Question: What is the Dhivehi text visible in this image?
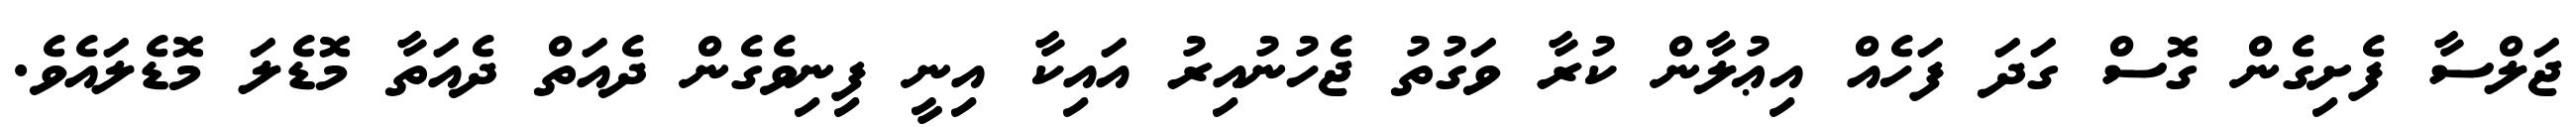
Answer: ޖަލްސާ ފެށިގެން ގޮސް ގަދަ ފަހެއް އިޢުލާން ކުރާ ވަގުތު ޖެހުނުއިރު އައިކާ އިނީ ފިނިވެގެން ދެއަތް ދެއަތާ މޮޑެލަ މޮޑެލައެވެ.